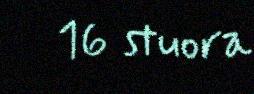
16 stuora